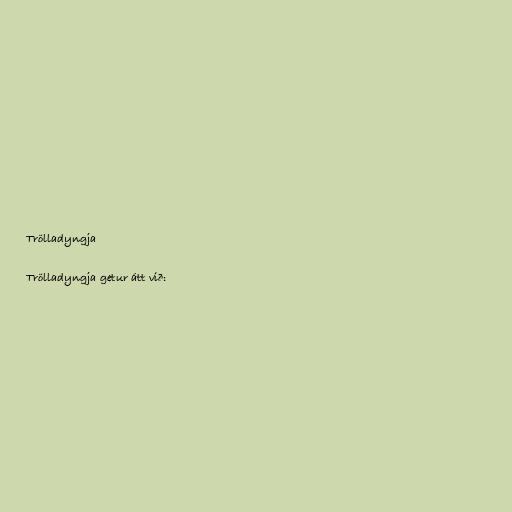
Trölladyngja

Trölladyngja getur átt við: